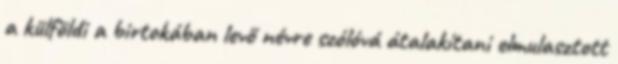
a külföldi a birtokában levő névre szólóvá átalakítani elmulasztott